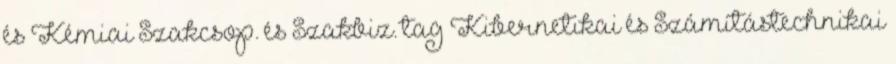
és Kémiai Szakcsop. és Szakbiz. tag Kibernetikai és Számítástechnikai